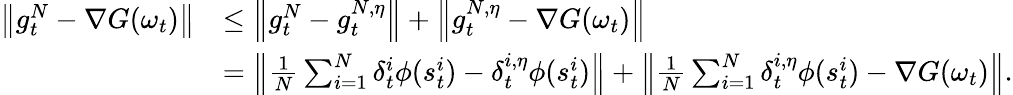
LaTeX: \begin{array}{rl}{\left\lVert g_{t}^{N}-\nabla G(\omega_{t})\right\rVert}&{\leq\left\lVert g_{t}^{N}-g_{t}^{N,\eta}\right\rVert+\left\lVert g_{t}^{N,\eta}-\nabla G(\omega_{t})\right\rVert}\\ &{=\left\lVert\frac{1}{N}\sum_{i=1}^{N}\delta_{t}^{i}\phi(s_{t}^{i})-\delta_{t}^{i,\eta}\phi(s_{t}^{i})\right\rVert+\left\lVert\frac{1}{N}\sum_{i=1}^{N}\delta_{t}^{i,\eta}\phi(s_{t}^{i})-\nabla G(\omega_{t})\right\rVert.}\end{array}